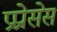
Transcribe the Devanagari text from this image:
प्रप्रोसेस